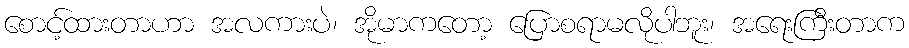
စောင့်ထားတာဟာ အလကားပဲ၊ အိုမာကတော့ ပြောစရာမလိုပါဘူး၊ အရေးကြီးတာက